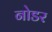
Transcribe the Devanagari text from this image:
नोडर